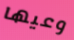
وعيها